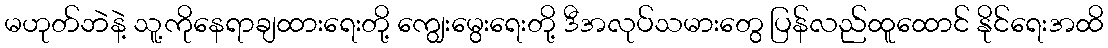
မဟုတ်ဘဲနဲ့ သူ့ကိုနေရာချထားရေးတို့ ကျွေးမွေးရေးတို့ ဒီအလုပ်သမားတွေ ပြန်လည်ထူထောင် နိုင်ရေးအထိ